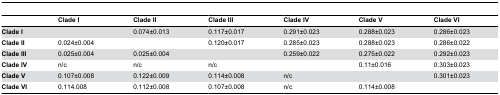
<table><thead><tr><td></td><td><b>Clade I</b></td><td><b>Clade II</b></td><td><b>Clade III</b></td><td><b>Clade IV</b></td><td><b>Clade V</b></td><td><b>Clade VI</b></td></tr></thead><tbody><tr><td><b>Clade I</b></td><td></td><td>0.074±0.013</td><td>0.117±0.017</td><td>0.291±0.023</td><td>0.288±0.023</td><td>0.286±0.023</td></tr><tr><td><b>Clade II</b></td><td>0.024±0.004</td><td></td><td>0.120±0.017</td><td>0.285±0.023</td><td>0.288±0.023</td><td>0.286±0.022</td></tr><tr><td><b>Clade III</b></td><td>0.025±0.004</td><td>0.025±0.004</td><td></td><td>0.259±0.022</td><td>0.275±0.022</td><td>0.292±0.023</td></tr><tr><td><b>Clade IV</b></td><td>n/c</td><td>n/c</td><td>n/c</td><td></td><td>0.11±0.016</td><td>0.303±0.023</td></tr><tr><td><b>Clade V</b></td><td>0.107±0.008</td><td>0.122±0.009</td><td>0.114±0.008</td><td>n/c</td><td></td><td>0.301±0.023</td></tr><tr><td><b>Clade VI</b></td><td>0.114.008</td><td>0.112±0.008</td><td>0.107±0.008</td><td>n/c</td><td>0.114±0.008</td><td></td></tr></tbody></table>